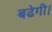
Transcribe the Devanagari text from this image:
बढेगी।